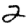
Digit: 2